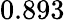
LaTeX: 0.893